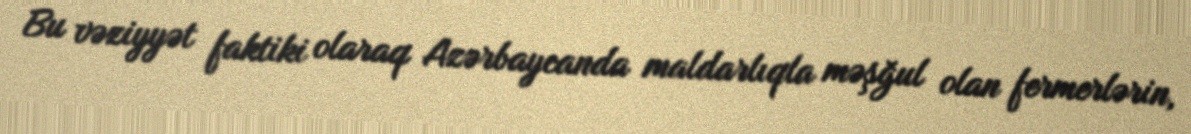
Bu vəziyyət faktiki olaraq Azərbaycanda maldarlıqla məşğul olan fermerlərin,